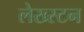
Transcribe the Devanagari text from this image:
लेख्स्टन